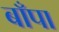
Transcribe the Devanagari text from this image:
बाँपा